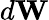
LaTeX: d\mathbf{W}